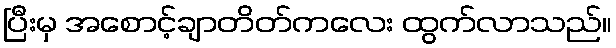
ပြီးမှ အစောင့်ချာတိတ်ကလေး ထွက်လာသည်။